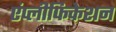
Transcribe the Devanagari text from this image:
एंप्लीफिकेशन